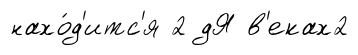
нахо́д'итс'я 2 дЯ в'еках2